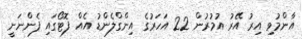
އާންމުވި އިރު އޭރު އުމުރުން 22 އަހަރުގެ އިންގްލެންޑު އެއް ފޮޓޯގައި ފެންނަނީ